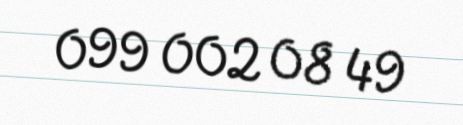
099 002 08 49